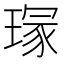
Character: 𤧽